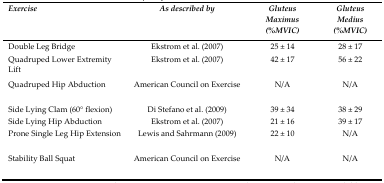
| Exercise | As described by | Gluteus Maximus (%MVIC) | Gluteus Medius (%MVIC) |
 | --- | --- | --- | --- |
 | Double Leg Bridge | Ekstrom et al. (2007) | 25 ± 14 | 28 ± 17 |
 | Quadruped Lower Extremity Lift | Ekstrom et al. (2007) | 42 ± 17 | 56 ± 22 |
 | Quadruped Hip Abduction | American Council on Exercise | N/A | N/A |
 | Side Lying Clam (60° flexion) | Di Stefano et al. (2009) | 39 ± 34 | 38 ± 29 |
 | Side Lying Hip Abduction | Ekstrom et al. (2007) | 21 ± 16 | 39 ± 17 |
 | Prone Single Leg Hip Extension | Lewis and Sahrmann (2009) | 22 ± 10 | N/A |
 | Stability Ball Squat | American Council on Exercise | N/A | N/A |